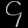
Digit: ၄